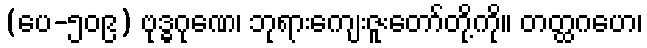
(ပေ-၅၀၉) ဗုဒ္ဓဂုဏေ၊ ဘုရားကျေးဇူးတော်တို့ကို။ တတ္ထဂဟေ၊